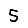
Digit: 5